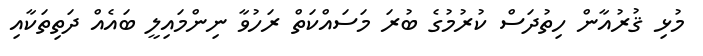
މުޅި ޤުރުއާން ހިތުދަސް ކުރުމުގެ ބުރަ މަސައްކަތް ރަހުވާ ނިންމައިލީ ބައެއް ދަތިތަކާއި